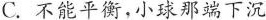
C. 不能平衡，小球那端下沉